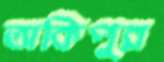
তাকিপুর